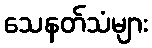
သေနတ်သံများ